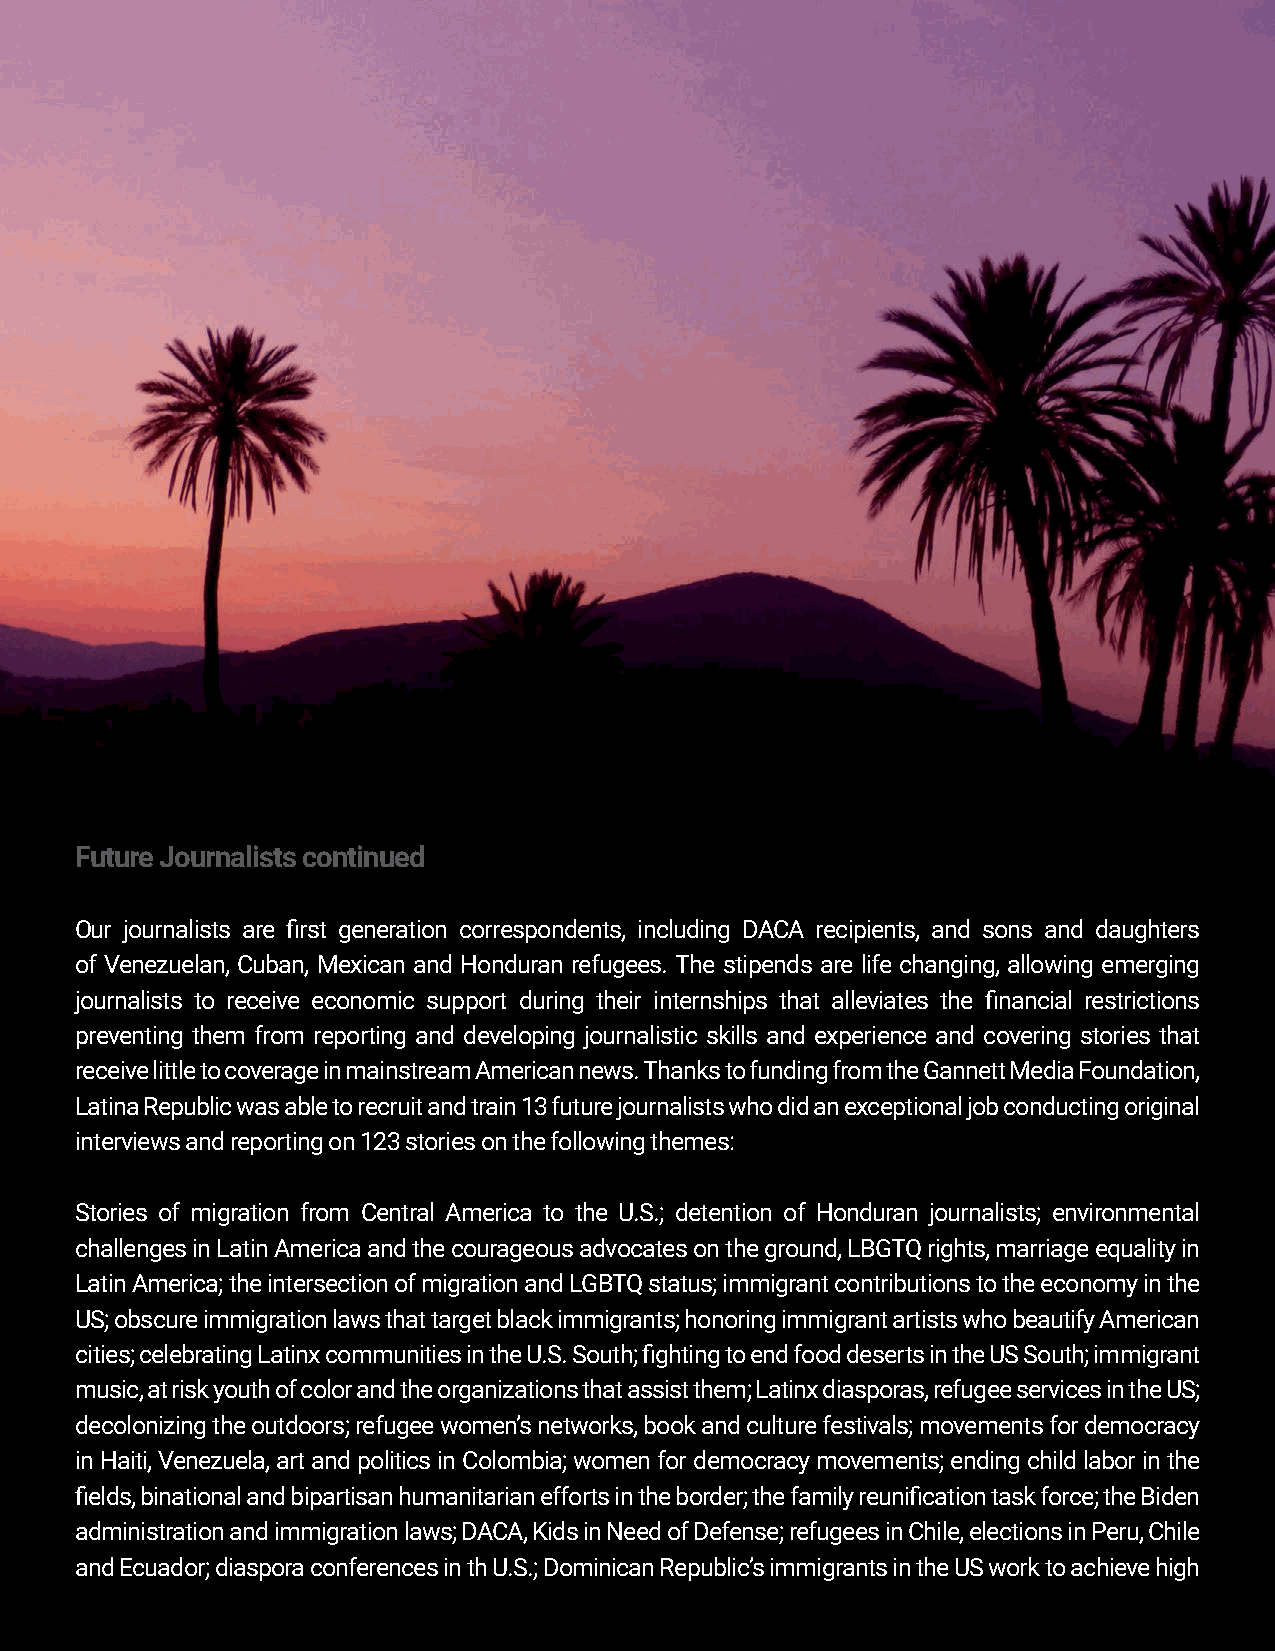
Future Journalists continued
 Our journalists are first generation correspondents, including DACA recipients, and sons and daughters
 of Venezuelan, Cuban, Mexican and Honduran refugees. The stipends are life changing, allowing emerging
 journalists to receive economic support during their internships that alleviates the financial restrictions
 preventing them from reporting and developing journalistic skills and experience and covering stories that
 receive little to coverage in mainstream American news. Thanks to funding from the Gannett Media Foundation,
 Latina Republic was able to recruit and train 13 future journalists who did an exceptional job conducting original
 interviews and reporting on 123 stories on the following themes:
 Stories of migration from Central America to the U.S.; detention of Honduran journalists; environmental
 challenges in Latin America and the courageous advocates on the ground, LBGTQ rights, marriage equality in
 Latin America; the intersection of migration and LGBTQ status; immigrant contributions to the economy in the
 US; obscure immigration laws that target black immigrants; honoring immigrant artists who beautify American
 cities; celebrating Latinx communities in the U.S. South; fighting to end food deserts in the US South; immigrant
 music, at risk youth of color and the organizations that assist them; Latinx diasporas, refugee services in the US;
 decolonizing the outdoors; refugee women’s networks, book and culture festivals; movements for democracy
 in Haiti, Venezuela, art and politics in Colombia; women for democracy movements; ending child labor in the
 fields, binational and bipartisan humanitarian efforts in the border; the family reunification task force; the Biden
 administration and immigration laws; DACA, Kids in Need of Defense; refugees in Chile, elections in Peru, Chile
 and Ecuador; diaspora conferences in th U.S.; Dominican Republic’s immigrants in the US work to achieve high